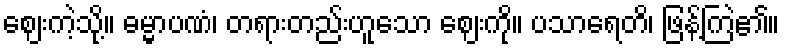
ဈေးကဲ့သို့။ ဓမ္မာပဏံ၊ တရားတည်းဟူသော ဈေးကို။ ပသာရေတိ၊ ဖြန့်ကြဲ၏။